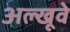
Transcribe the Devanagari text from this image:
अल्खूवे